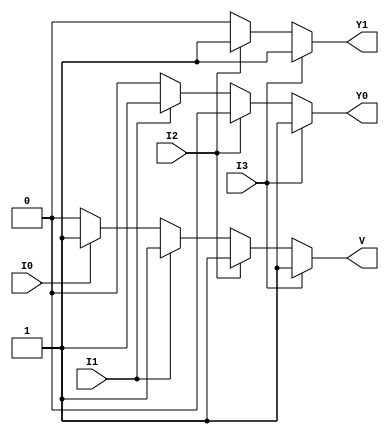
module priority_encoder (
    input wire I0,  // Input 0 (Lowest priority)
    input wire I1,  // Input 1
    input wire I2,  // Input 2
    input wire I3,  // Input 3 (Highest priority)
    output reg Y1,  // Output bit 1
    output reg Y0,  // Output bit 0
    output reg V    // Valid output
);

always @(*) begin
    // Default outputs
    Y1 = 1'b0;
    Y0 = 1'b0;
    V = 1'b0;

    // Priority encoding logic
    if (I3) begin
        Y1 = 1'b1;
        Y0 = 1'b1;
        V = 1'b1;
    end else if (I2) begin
        Y1 = 1'b1;
        Y0 = 1'b0;
        V = 1'b1;
    end else if (I1) begin
        Y1 = 1'b0;
        Y0 = 1'b1;
        V = 1'b1;
    end else if (I0) begin
        Y1 = 1'b0;
        Y0 = 1'b0;
        V = 1'b1;
    end else begin
        // All inputs are low, V remains 0
        V = 1'b0;
    end
end

endmodule